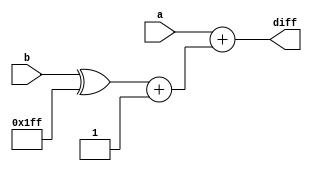
/*
    Assignment   :  4
    Problem      :  3
    Semester     :  Autumn 2020
    Group        :  G9
    Members      :  Akshat Shukla(18CS10002)
                    Animesh Barua(18CS10003)
*/
module subtractor(a, b, diff);      //returns difference (a-b) in 2s complement form in output diff (simple subtractor)

    input [8:0] a, b;
    output [8:0] diff;

    wire [8:0] _a, _b;

    assign _a = a;
    assign _b = (b^9'b111111111)+1; //compute 2s complement of b

    assign diff = (_a + _b); // may use adder from other assignments here

endmodule

module continous_subtractor(a, b, a_out, done, clk, rst);   //subtracts b from a continously until it is positive and notifies of done by wire done

    input [7:0] a, b;
    input clk, rst;
    output reg done;            //denotes if process of taking till positive difference is completed
    output reg [7:0] a_out;     // final value of a after continous subtraction

    wire[8:0] present_diff;     // contains value of _a-_b always (may be negative)
    reg[8:0] _a, _b;
    reg state;

    always @(rst) begin         // on reset
        _a = a; _b = b;
        done = 0;
    end

    subtractor inst(_a, _b, present_diff);     //present = _a-_b always

    always @(posedge(clk)) begin

        if(done == 0) begin         // if the process is not completed yet
            if(present_diff[8] || present_diff == 0) begin      //check if present_diff > 0
                a_out = _a;         //if difference if negative or 0 dont update _a further and term process done
                done = 1;
            end
            else
                _a = present_diff;  //if difference is positive, put _a = _a-_b
        end

    end

endmodule

module data_path(a, b, load, start_process, process_done, gcd, clk);    //datapath managing all data transctions till output

    input [7:0] a, b;
    input load, start_process, clk;     //start_process should be 1 to begin processing
    output reg process_done;            //denotes if the processing is completed ie we've got the gcd
    output reg [7:0] gcd;               //contains value of gcd after processing

    reg[7:0] _a, _b, temp;              //registers to hold values of input a and b
    wire [7:0] reduced_a;               // get changed value of a after continous subtractions
    wire reducing_done;                 //wire to check if the processing by continous subtractor is complete
    reg state, sub_rst;                 //sub_rst resets the continous subtractor to load new value of a and b and starts processing

    always @(load) begin                // on reset
        _a = a;
        _b = b;
        gcd = 0;
        process_done = 0;
        sub_rst = 1;
    end

    continous_subtractor inst(_a, _b, reduced_a, reducing_done, clk, sub_rst);      //instance of continous subractor

    always @(posedge(clk)) begin

        if(sub_rst) begin               //if continous subtractor if in reset state, get it start working
            sub_rst = 0;
        end
        if(!process_done) begin         //if process is not done yet
            if(start_process) begin     //if we are allowed to start process
                if(reducing_done) begin // if output from continous subtractor has been recieved
                    _a = reduced_a;     //update a with the new value obtained after taking difference
                    if(reduced_a == _b) begin   //if a==b ie we've got the gcd
                        gcd = _a;       //update gcd and render process complete
                        process_done = 1;
                    end
                    else begin          //otherwise swap a and b and reset continous subtractor to load the new swapped values
                        // temp = _a;
                        // _a = _b;
                        // _b = temp;
                        _a <= _b;
                        _b <= _a;
                        sub_rst = 1;
                    end
                end
            end
        end

    end

endmodule

module control_path(a, b, gcd, start, done, clk, rst);      //control path also combines the data path together

    input [7:0] a, b;
    input start, rst, clk;
    output reg [7:0] gcd;           //final value of gcd
    output reg done;                //output to denote of processing is over

    reg [1:0] state;                //state to keep tract of process(DFA states)
    reg alpha, beta;                //alpha to reset the data path beta to start processing with datapath
    wire check_done;                //check if datapath has completed processing
    wire [7:0] data_output;         //copied output of datapath(just to combine the parts)

    always @(rst) begin             //on reset
        done = 0;
        state = 0;
    end

    data_path inst(a, b, alpha, beta, check_done, data_output, clk);        //instanec of datapath

    always @(posedge(clk)) begin

        if(state == 2'b00) begin            //start state, if start is 1 goto next state
            if(start == 1)
                state = 2'b01;
        end

        else if(state == 2'b01) begin       // reset the datapath and move to next state
            state = 2'b11;
            alpha = 1;

        end

        else if(state == 2'b11) begin       //start processing in datapath and wait for it to be done
            alpha = 0;
            beta = 1;
            if(check_done)
                state = 2'b10;
        end

        else if(state == 2'b10) begin      //if processing by datapath is done, move to initial state and update the output
            done = 1;
            gcd = data_output;
            alpha = 0;
            beta = 0;
            state = 2'b00;
        end

    end

endmodule